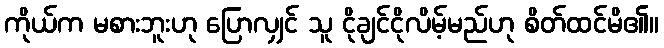
ကိုယ်က မစားဘူးဟု ပြောလျှင် သူ ငိုချင်ငိုလိမ့်မည်ဟု စိတ်ထင်မိ၏။